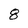
Character: 8